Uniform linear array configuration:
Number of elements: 12
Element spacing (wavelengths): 0.25
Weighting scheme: binomial
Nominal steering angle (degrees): -30
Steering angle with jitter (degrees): -31.902
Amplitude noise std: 0.05
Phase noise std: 0.05

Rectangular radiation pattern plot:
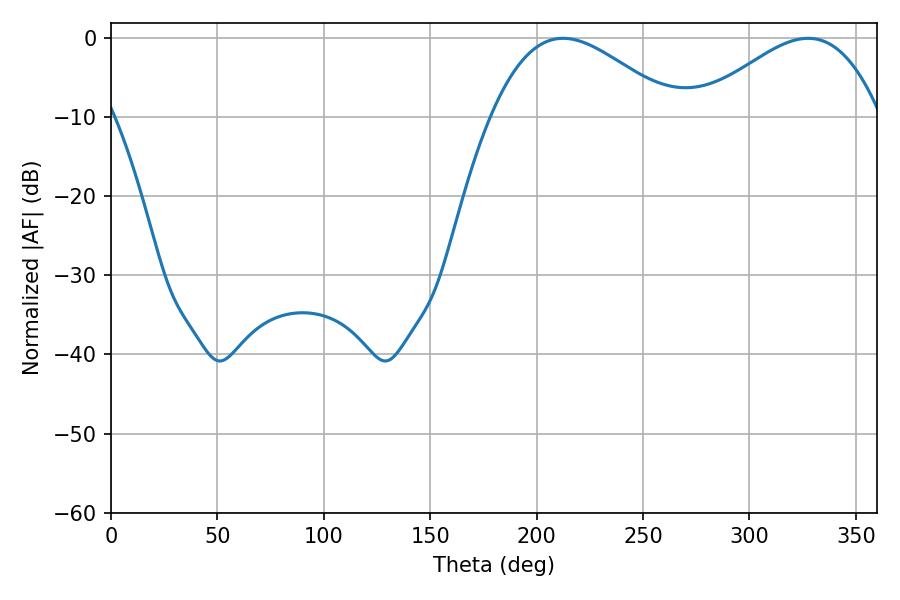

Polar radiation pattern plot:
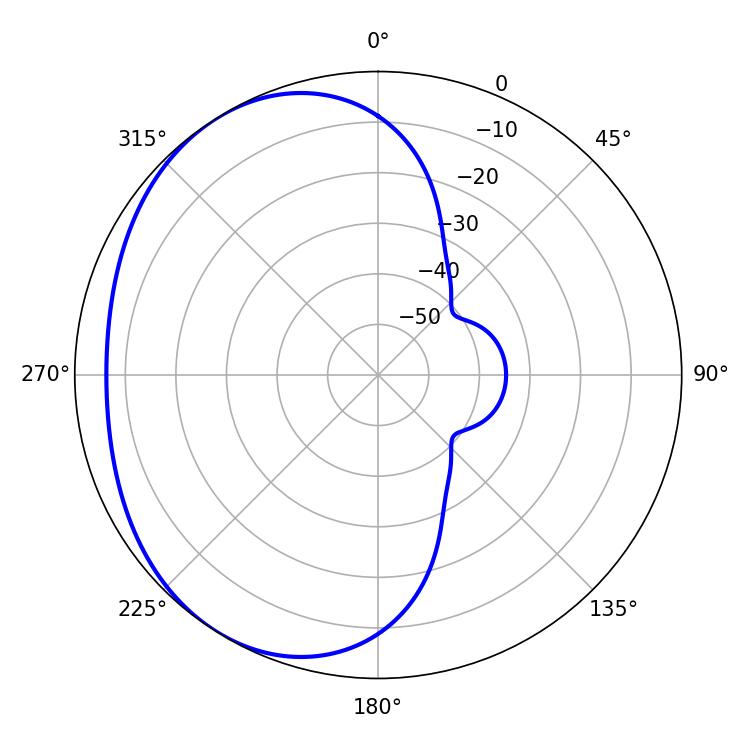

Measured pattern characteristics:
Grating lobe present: FALSE
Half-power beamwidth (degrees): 46.26
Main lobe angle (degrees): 212.4